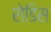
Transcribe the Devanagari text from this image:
रोडिस